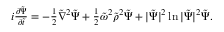
\begin{array} { r } { i \frac { \partial { \tilde { \Psi } } } { \partial \tilde { t } } = - \frac { 1 } { 2 } { \tilde { \nabla } } ^ { 2 } { \tilde { \Psi } } + \frac 1 2 { \tilde { \omega } } ^ { 2 } { \tilde { \rho } } ^ { 2 } { \tilde { \Psi } } + | { \tilde { \Psi } } | ^ { 2 } \ln | { \tilde { \Psi } } | ^ { 2 } { \tilde { \Psi } } . } \end{array}